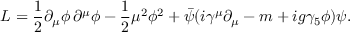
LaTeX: { \cal L } = \frac { 1 } { 2 } \partial _ { \mu } \phi \, \partial ^ { \mu } \phi - \frac { 1 } { 2 } \mu ^ { 2 } \phi ^ { 2 } + \bar { \psi } ( i \gamma ^ { \mu } \partial _ { \mu } - m + i g \gamma _ { 5 } \phi ) \psi .